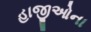
હાજીઓના